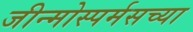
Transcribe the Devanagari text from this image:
जीन्मोस्पर्मसच्या